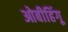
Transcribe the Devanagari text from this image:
ओबीहिंगू